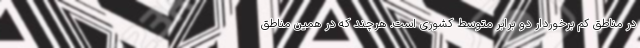
در مناطق کم برخوردار دو برابر متوسط کشوری است. هرچند که در همین مناطق